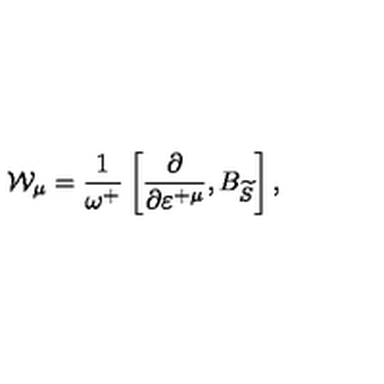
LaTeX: \mathcal { W } _ { \mu } = \frac 1 { \omega ^ { + } } \left[ \frac \partial { \partial \varepsilon ^ { + \mu } } , B _ { \widetilde { S } } \right] ,